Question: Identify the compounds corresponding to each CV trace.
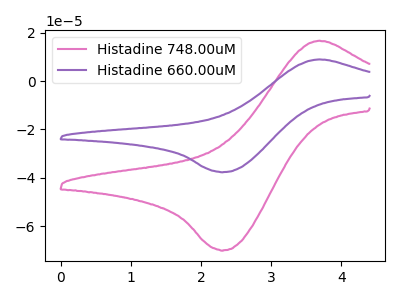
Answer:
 <answer>The pink curve is labeled "Histadine 748.00uM". The purple curve is labeled "Histadine 660.00uM".</answer>
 <eval></eval>